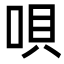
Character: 唄